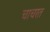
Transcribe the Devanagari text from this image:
चाचरत